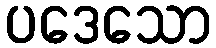
ပဒေသော